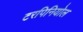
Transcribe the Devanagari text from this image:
टरपिनियोल